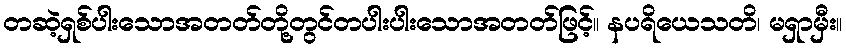
တဆဲ့ရှစ်ပါးသောအတတ်တို့တွင်တပါးပါးသောအတတ်ဖြင့်။ နပရိယေသတိ၊ မရှာမှီး။